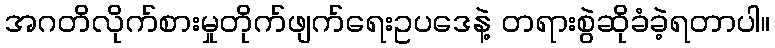
အဂတိလိုက်စားမှုတိုက်ဖျက်ရေးဥပဒေနဲ့ တရားစွဲဆိုခံခဲ့ရတာပါ။